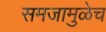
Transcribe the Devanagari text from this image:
समजामुळेच